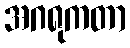
အဂရုကတာ